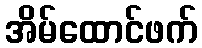
အိမ်ထောင်ဖက်